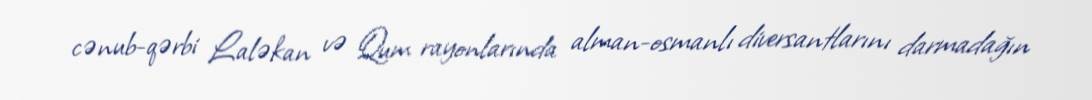
cənub-qərbi Laləkan və Qum rayonlarında alman-osmanlı diversantlarını darmadağın